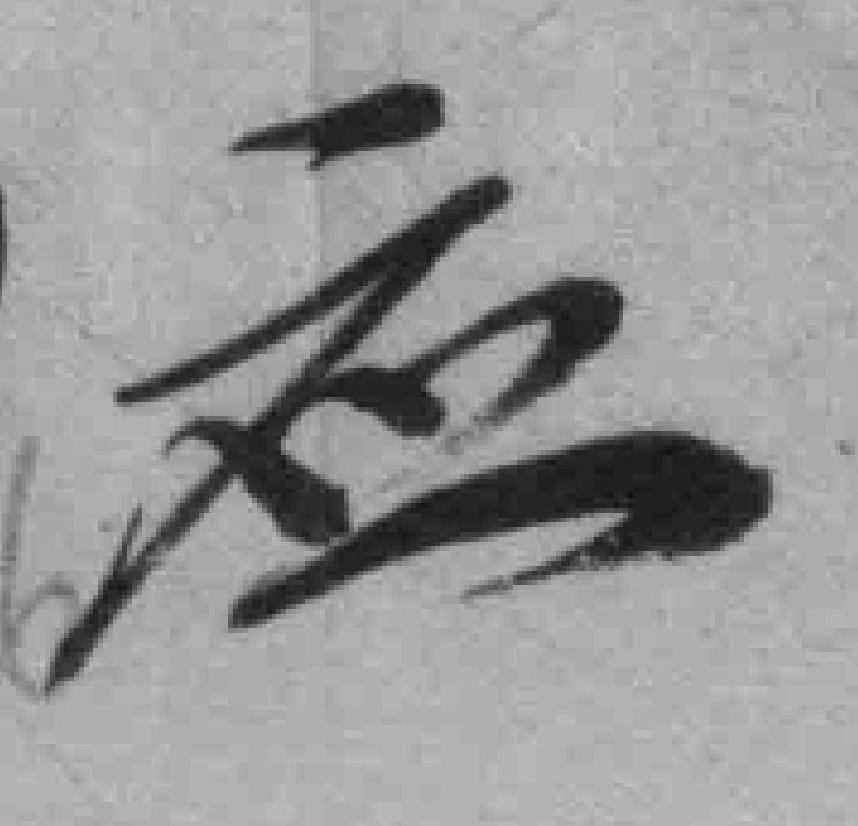
应